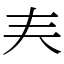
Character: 𡗗